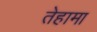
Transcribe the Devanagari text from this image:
तेहामा